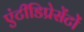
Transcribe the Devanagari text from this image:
एंटीडिप्रेसेंटों